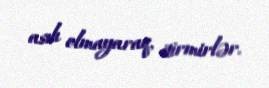
asılı olmayaraq, itirmirlər.